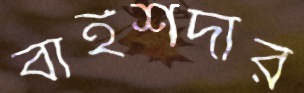
বাইশদার